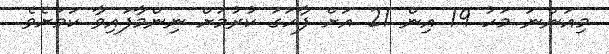
މިއަންނަ މަހު 19 އިން 21 އަށް ފާހަގަ ކުރުމަށް ނިންމާފައިވާ ކަމަށެވެ.